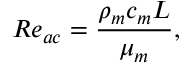
R e _ { a c } = \frac { \rho _ { m } c _ { m } L } { \mu _ { m } } ,